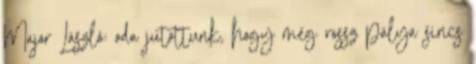
Major László: oda jutottunk, hogy még rossz pálya sincs